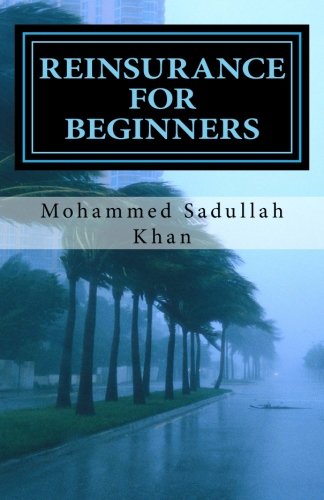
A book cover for Reinsurance for Beginners; Mr. Mohammed Sadullah Khan; Business & Money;